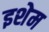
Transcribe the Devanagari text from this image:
इशेम